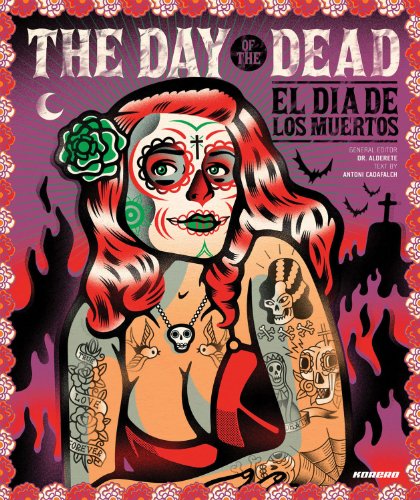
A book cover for The Day of the Dead: El Dia De Los Muertos; Antoni Cadafalch; Religion & Spirituality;